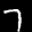
Label: 7